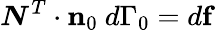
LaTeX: {\boldsymbol{N}}^{T}\cdot\mathbf{n}_{0}~d\Gamma_{0}=d\mathbf{f}